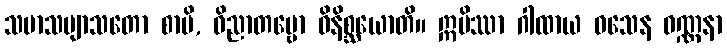
သမာသဗျာသတော စာပိ, ဝိညာတဗ္ဗော ဝိနိစ္ဆယောတိ။ ဣမိဿာ ဂါထာယ ဝသေန ဝဏ္ဏနာ